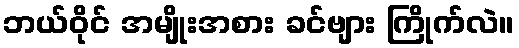
ဘယ်ဝိုင် အမျိုးအစား ခင်ဗျား ကြိုက်လဲ။